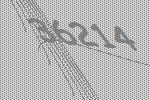
36214